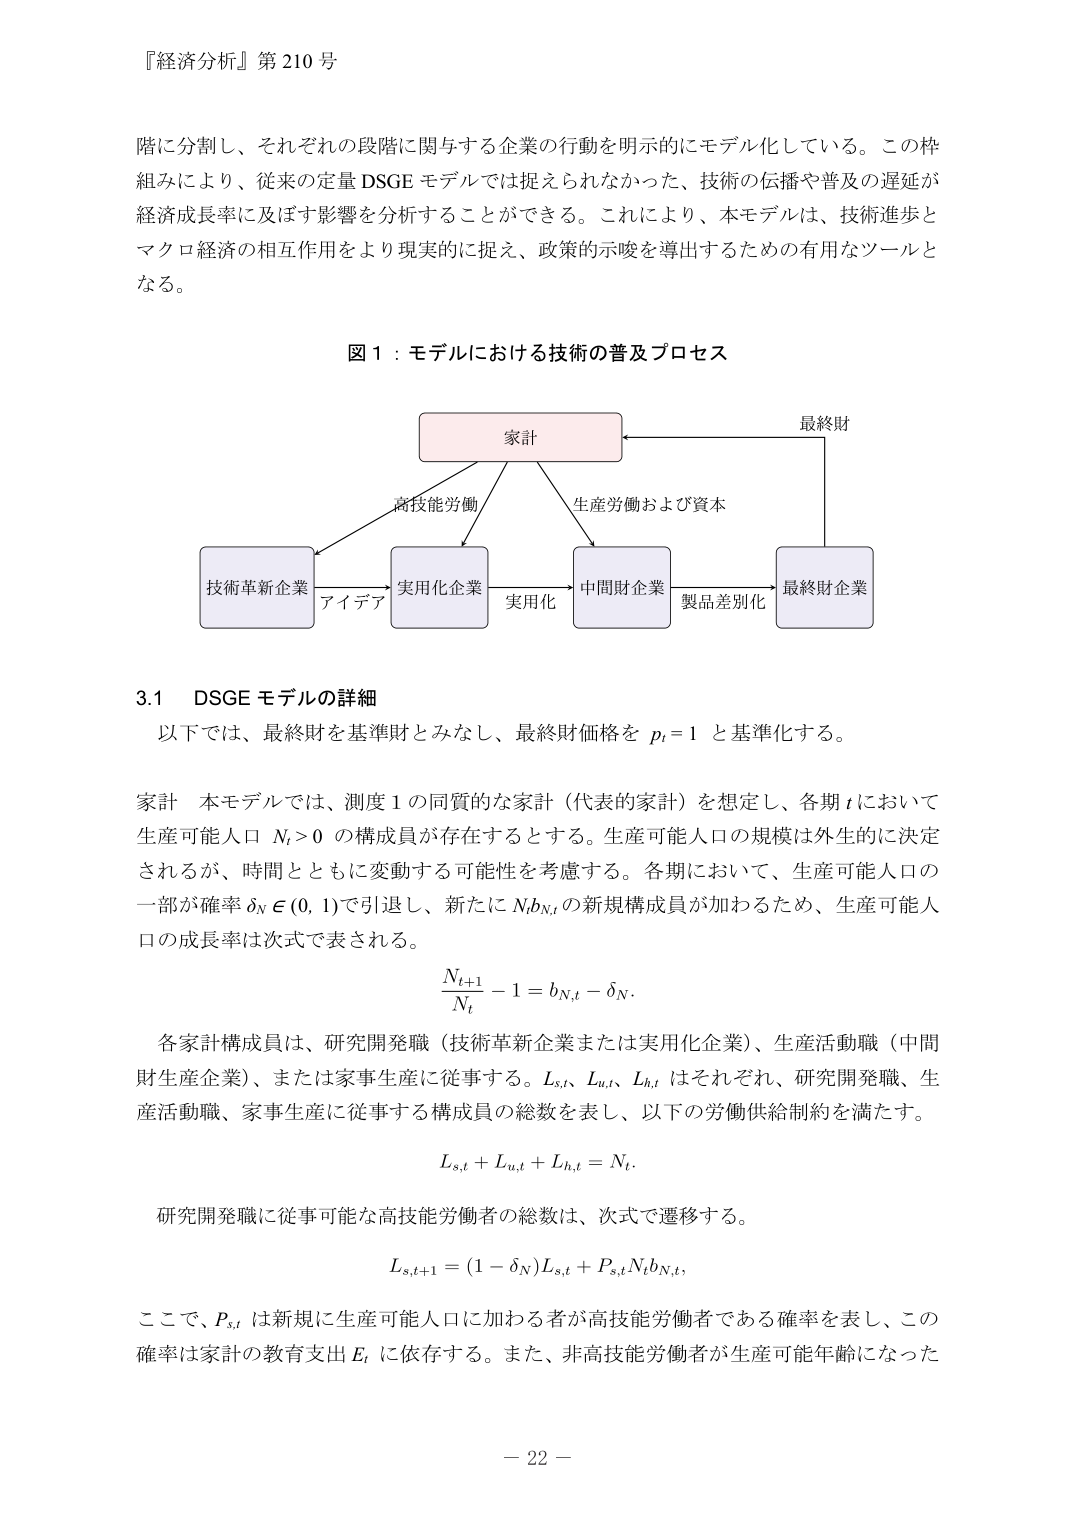
『経済分析』第210号

階に分割し、それぞれの段階に関与する企業の行動を明示的にモデル化している。この枠組みにより、従来の定量DSGEモデルでは捉えられなかった、技術の伝播や普及の遅延が経済成長率に及ぼす影響を分析することができる。これにより、本モデルは、技術進歩とマクロ経済の相互作用をより現実的に捉え、政策的示唆を導出するための有用なツールとなる。

図1：モデルにおける技術の普及プロセス

家計